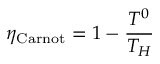
\eta _ { \mathrm { C a r n o t } } = 1 - { \frac { T ^ { 0 } } { T _ { H } } }